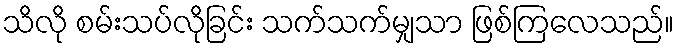
သိလို စမ်းသပ်လိုခြင်း သက်သက်မျှသာ ဖြစ်ကြလေသည်။